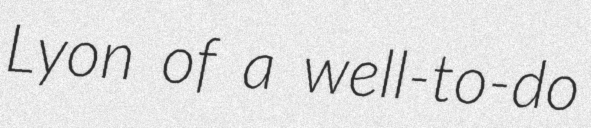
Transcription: Lyon of a well-to-do